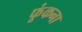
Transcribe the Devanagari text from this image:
फूंकना